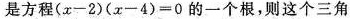
是方程$$(x-2)(x-4)=0$$的一个根，则这个三角